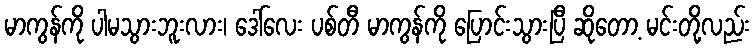
မာကွန်ကို ပါမသွားဘူးလား၊ ဒေါ်လေး ပစ်တီ မာကွန်ကို ပြောင်းသွားပြီ ဆိုတော့ မင်းတို့လည်း